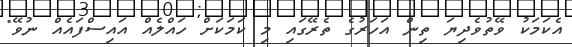
އެކަމަކު ވޭތުވެދިޔަ ތިން އަހަރުގެ ތެރޭގައި މި ކަމަކަށް ހައްލެއް އައިސްފައެއް ނުވޭ"